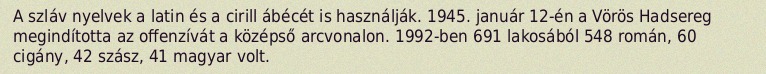
A szláv nyelvek a latin és a cirill ábécét is használják. 1945. január 12-én a Vörös Hadsereg megindította az offenzívát a középső arcvonalon. 1992-ben 691 lakosából 548 román, 60 cigány, 42 szász, 41 magyar volt.